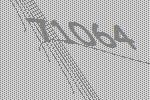
71064